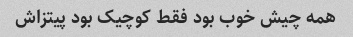
همه چیش خوب بود فقط کوچیک بود پیتزاش